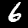
Digit: 6